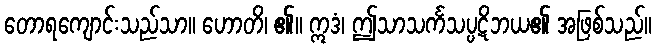
တောရကျောင်းသည်သာ။ ဟောတိ၊ ၏။ ဣဒံ၊ ဤသာသင်္ကသပ္ပဋိဘယ၏ အဖြစ်သည်။